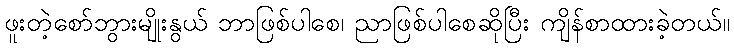
ဖူးတဲ့စော်ဘွားမျိုးနွယ် ဘာဖြစ်ပါစေ၊ ညာဖြစ်ပါစေဆိုပြီး ကျိန်စာထားခဲ့တယ်။